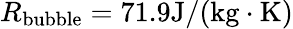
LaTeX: R_{\mathrm{{bubble}}}=71.9\mathrm{{J/(kg\cdot K)}}